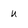
Character: u